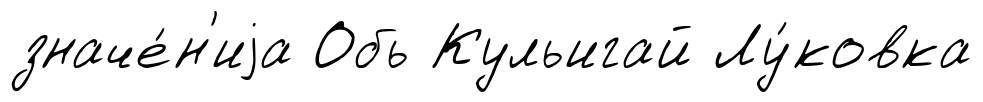
значе́н'иjа Обь Кульигай Лу́ковка